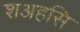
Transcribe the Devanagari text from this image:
शअहसि